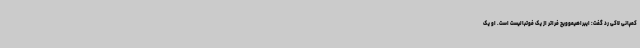
کمپانی لاکی رد گفت: ایبراهیموویچ فراتر از یک فوتبالیست است. او یک